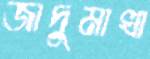
জাদুমাখা